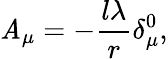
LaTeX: \mathit{A}_{\mu}=-\frac{{l\lambda}}{r}\delta_{\mu}^{0},